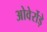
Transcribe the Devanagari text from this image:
ओवेर्रोड़े